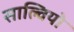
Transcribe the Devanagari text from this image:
साल्वियो